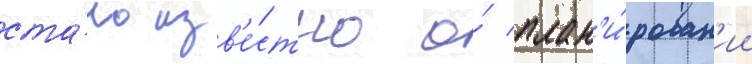
ста́ло изв'е́стно о́ план'и́рован'ии